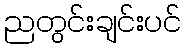
ညတွင်းချင်းပင်